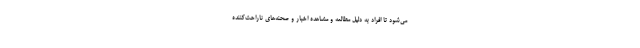
می‌شود تا افراد به دلیل مطالعه و مشاهده اخبار و صحنه‌های ناراحت‌کننده